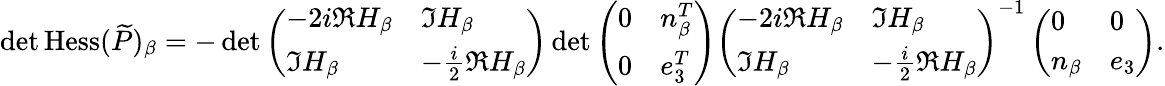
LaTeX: \operatorname*{det}\operatorname{Hess}(\widetilde{P})_{\beta}=-\operatorname*{det}\left(\begin{array}{ll}{-2i\Re H_{\beta}}&{\Im H_{\beta}}\\ {\Im H_{\beta}}&{-\frac{i}{2}\Re H_{\beta}}\end{array}\right)\operatorname*{det}\left(\begin{array}{ll}{0}&{n_{\beta}^{T}}\\ {0}&{e_{3}^{T}}\end{array}\right)\left(\begin{array}{ll}{-2i\Re H_{\beta}}&{\Im H_{\beta}}\\ {\Im H_{\beta}}&{-\frac{i}{2}\Re H_{\beta}}\end{array}\right)^{-1}\left(\begin{array}{ll}{0}&{0}\\ {n_{\beta}}&{e_{3}}\end{array}\right).